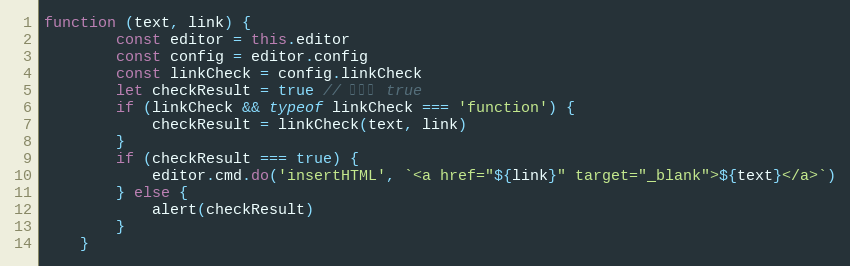
Language: JavaScript
function (text, link) {
        const editor = this.editor
        const config = editor.config
        const linkCheck = config.linkCheck
        let checkResult = true // 默认为 true
        if (linkCheck && typeof linkCheck === 'function') {
            checkResult = linkCheck(text, link)
        }
        if (checkResult === true) {
            editor.cmd.do('insertHTML', `<a href="${link}" target="_blank">${text}</a>`)
        } else {
            alert(checkResult)
        }
    }